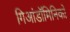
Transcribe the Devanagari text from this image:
गिआंडॉमिनिको